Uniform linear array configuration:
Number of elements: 16
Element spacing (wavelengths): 1
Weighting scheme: exponential
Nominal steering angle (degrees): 15
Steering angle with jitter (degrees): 16.166
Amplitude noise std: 0.05
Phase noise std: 0.05

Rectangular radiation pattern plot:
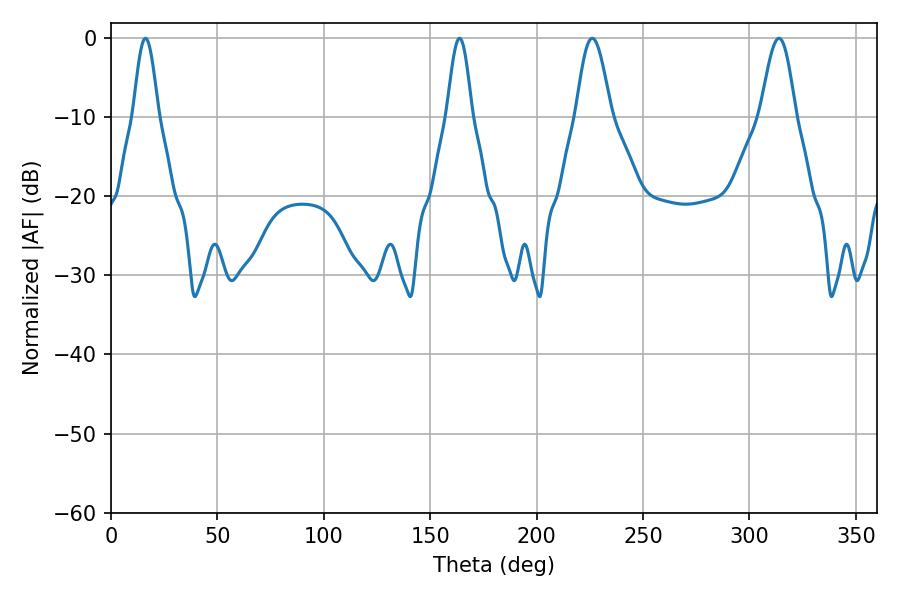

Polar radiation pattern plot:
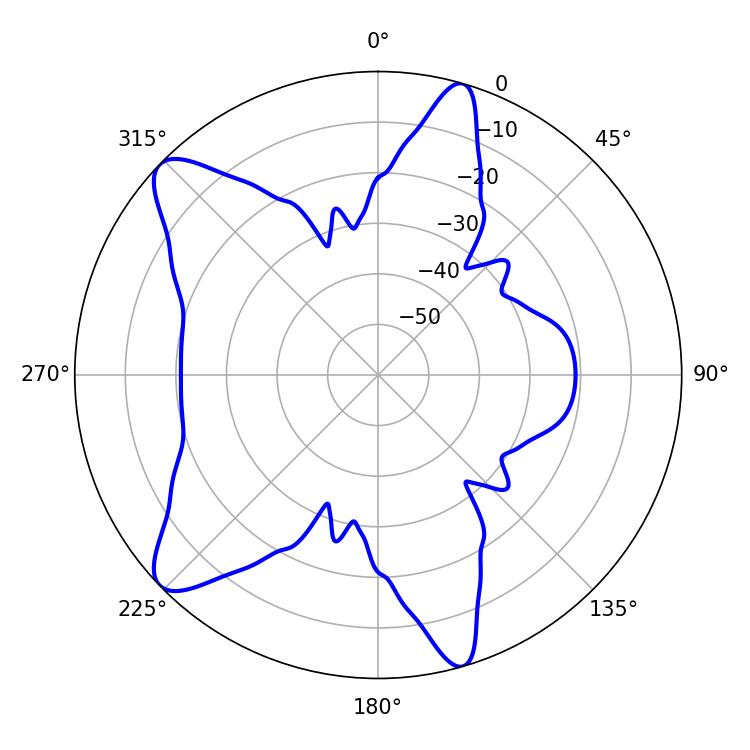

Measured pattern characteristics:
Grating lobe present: TRUE
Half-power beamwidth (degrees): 6.3
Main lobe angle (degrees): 16.2